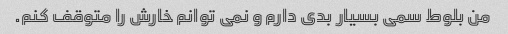
من بلوط سمی بسیار بدی دارم و نمی توانم خارش را متوقف کنم.